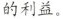
的利益。